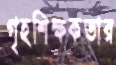
গৃহশিক্ষকতার